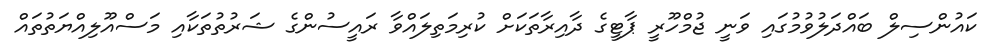
ކައުންސިލް ބައްދަލުވުމުގައި ވަނީ ޖުމްހޫރީ ޕާޓީގެ ދާއިރާތަކަށް ކުރިމަތިލައްވާ ރައީސުންގެ ޝަރުތުތަކާއި މަސްއޫލިއްޔަތުތައް